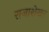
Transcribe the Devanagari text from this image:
राजाशेखर